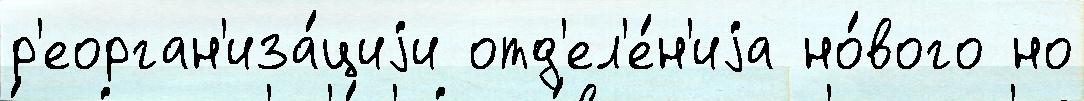
р'еорган'иза́циjи отд'ел'е́н'иjа но́вого но